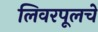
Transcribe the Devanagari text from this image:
लिवरपूलचे